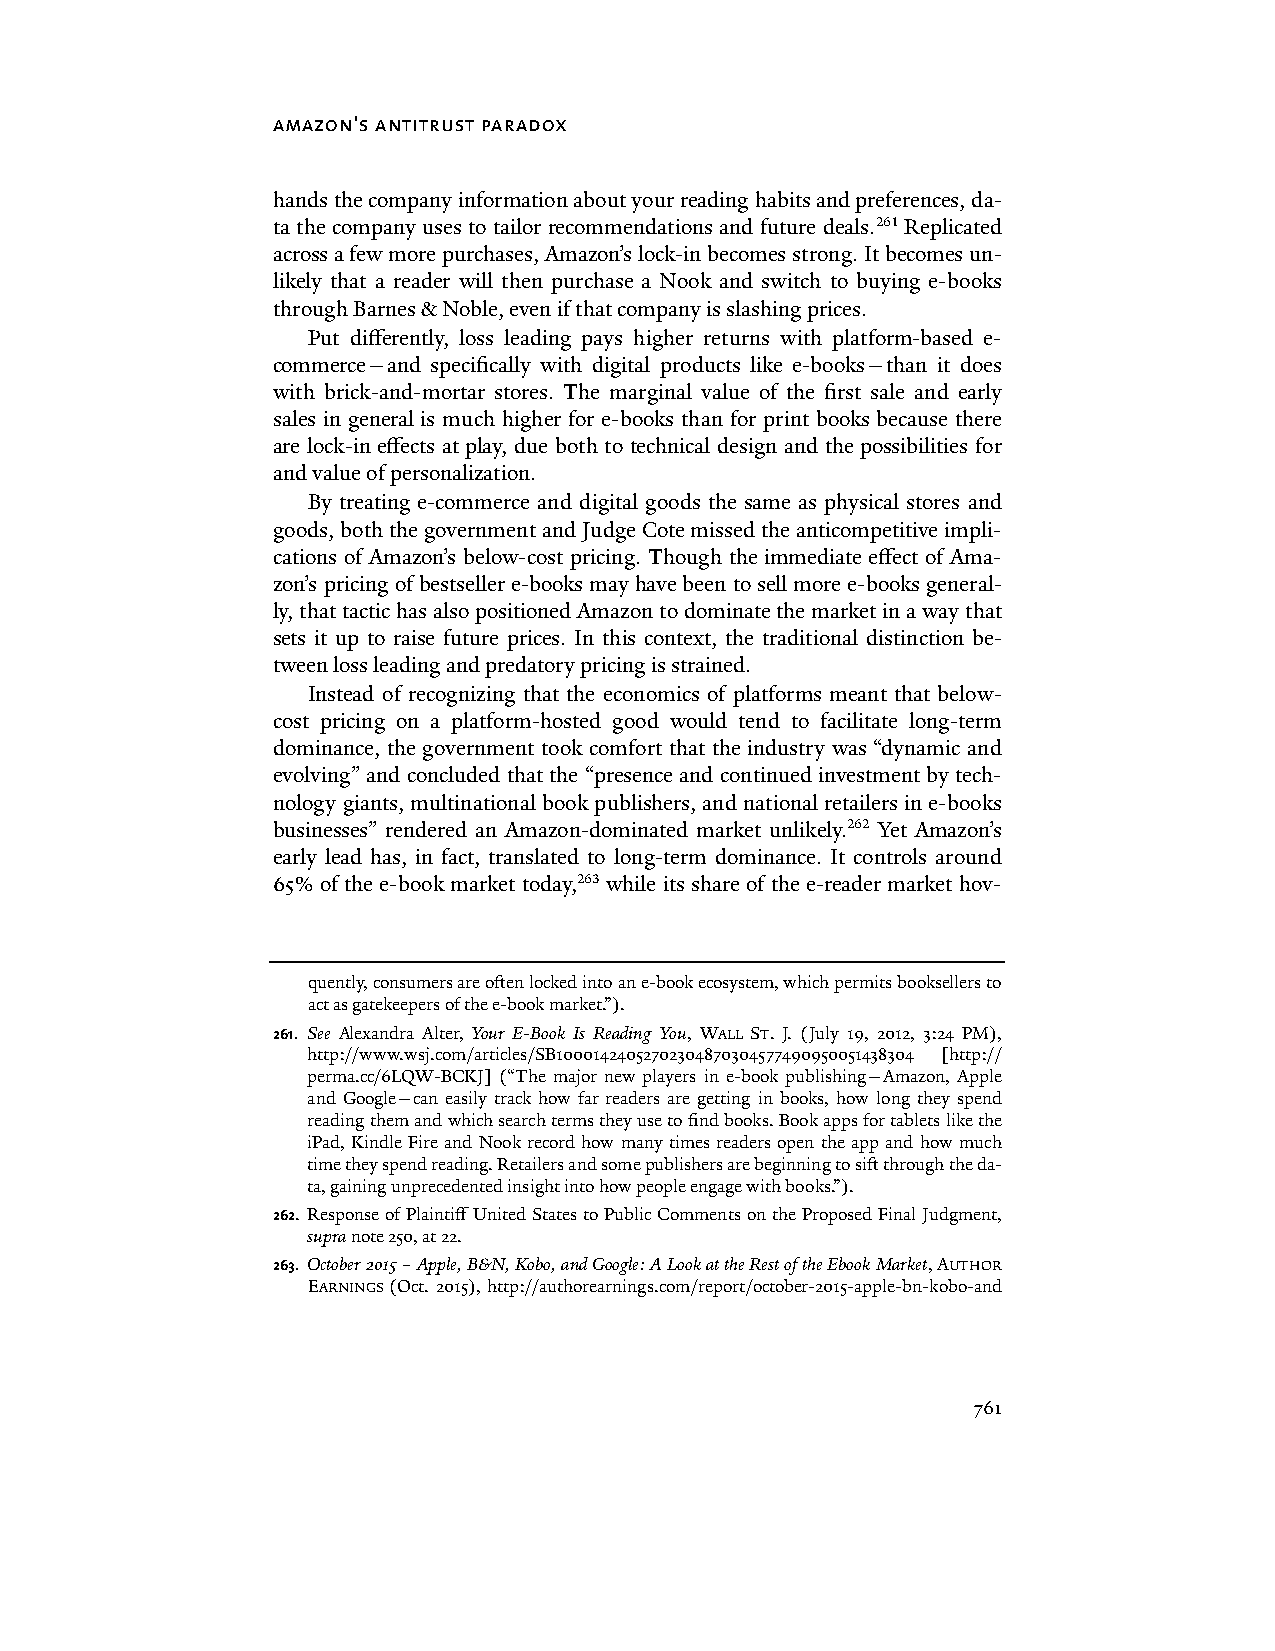
amazon's antitrust paradox
 hands the company information about your reading habits and preferences, da-
 ta the company uses to tailor recommendations and future deals.261 Replicated
 across a few more purchases, Amazon’s lock-in becomes strong. It becomes un-
 likely that a reader will then purchase a Nook and switch to buying e-books
 through Barnes & Noble, even if that company is slashing prices.
 Put differently, loss leading pays higher returns with platform-based e-
 commerce—and specifically with digital products like e-books—than it does
 with brick-and-mortar stores. The marginal value of the first sale and early
 sales in general is much higher for e-books than for print books because there
 are lock-in effects at play, due both to technical design and the possibilities for
 and value of personalization.
 By treating e-commerce and digital goods the same as physical stores and
 goods, both the government and Judge Cote missed the anticompetitive impli-
 cations of Amazon’s below-cost pricing. Though the immediate effect of Ama-
 zon’s pricing of bestseller e-books may have been to sell more e-books general-
 ly, that tactic has also positioned Amazon to dominate the market in a way that
 sets it up to raise future prices. In this context, the traditional distinction be-
 tween loss leading and predatory pricing is strained.
 Instead of recognizing that the economics of platforms meant that below-
 cost pricing on a platform-hosted good would tend to facilitate long-term
 dominance, the government took comfort that the industry was “dynamic and
 evolving” and concluded that the “presence and continued investment by tech-
 nology giants, multinational book publishers, and national retailers in e-books
 businesses” rendered an Amazon-dominated market unlikely.262 Yet Amazon’s
 early lead has, in fact, translated to long-term dominance. It controls around
 65% of the e-book market today,263 while its share of the e-reader market hov-
 quently, consumers are often locked into an e-book ecosystem, which permits booksellers to
 act as gatekeepers of the e-book market.”).
 261. See Alexandra Alter, Your E-Book Is Reading You, WALL ST. J. (July 19, 2012, 3:24 PM),
 http://www.wsj.com/articles/SB10001424052702304870304577490950051438304 [http://
 perma.cc/6LQW-BCKJ] (“The major new players in e-book publishing—Amazon, Apple
 and Google—can easily track how far readers are getting in books, how long they spend
 reading them and which search terms they use to find books. Book apps for tablets like the
 iPad, Kindle Fire and Nook record how many times readers open the app and how much
 time they spend reading. Retailers and some publishers are beginning to sift through the da-
 ta, gaining unprecedented insight into how people engage with books.”).
 262. Response of Plaintiff United States to Public Comments on the Proposed Final Judgment,
 supra note 250, at 22.
 263. October 2015 – Apple, B&N, Kobo, and Google: A Look at the Rest of the Ebook Market, AUTHOR
 EARNINGS (Oct. 2015), http://authorearnings.com/report/october-2015-apple-bn-kobo-and
 761